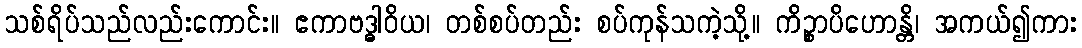
သစ်ရိပ်သည်လည်းကောင်း။ ဧကာဗဒ္ဓါဝိယ၊ တစ်စပ်တည်း စပ်ကုန်သကဲ့သို့။ ကိဉ္စာပိဟောန္တိ၊ အကယ်၍ကား